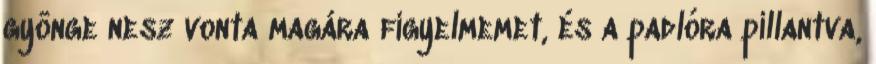
gyönge nesz vonta magára figyelmemet, és a padlóra pillantva,